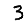
Digit: 3